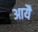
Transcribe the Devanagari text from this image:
आयै